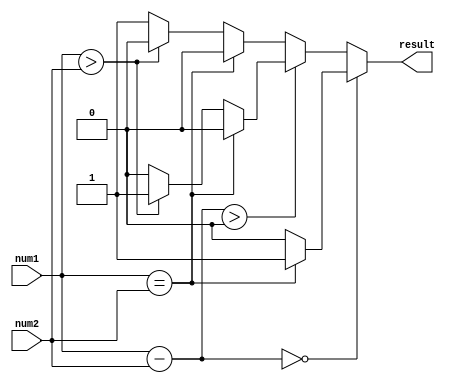
module Unsigned_Comparator (
    input [31:0] num1,
    input [31:0] num2,
    output reg result
);

reg equal, greater, less;

always @(*) begin
    if (num1 == num2) begin
        equal = 1;
        greater = 0;
        less = 0;
    end else if (num1 > num2) begin
        equal = 0;
        greater = 1;
        less = 0;
    end else begin
        equal = 0;
        greater = 0;
        less = 1;
    end
end

always @(*) begin
    if (num1 - num2 == 0) begin
        result = equal;
    end else if (num1 - num2 > 0) begin
        result = greater;
    end else begin
        result = less;
    end
end

endmodule